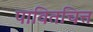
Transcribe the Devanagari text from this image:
पावितचित्त